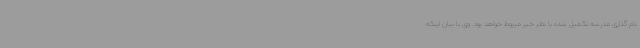
نام گذاری مدرسه تکمیل شده با نظر خیر مربوط خواهد بود. وی با بیان اینکه